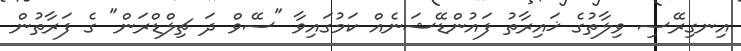
އިނގިރޭސި ވިލާތުގެ ޚައިރާތު ފައުންޑޭޝަނެއް ކަމުގައިވާ "ސޭވް ދަ ޗިލްޑްރަން" ގެ ފަރާތުން